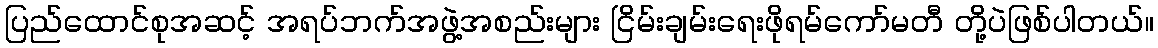
ပြည်ထောင်စုအဆင့် အရပ်ဘက်အဖွဲ့အစည်းများ ငြိမ်းချမ်းရေးဖိုရမ်ကော်မတီ တို့ပဲဖြစ်ပါတယ်။